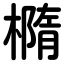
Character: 橢